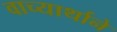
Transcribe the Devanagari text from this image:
वाच्यार्थाने